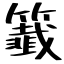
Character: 籖